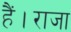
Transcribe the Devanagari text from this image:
हैं।राजा